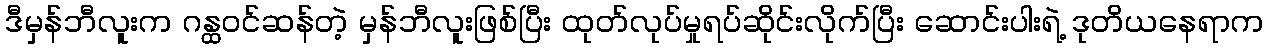
ဒီမှန်ဘီလူးက ဂန္ထဝင်ဆန်တဲ့ မှန်ဘီလူးဖြစ်ပြီး ထုတ်လုပ်မှုရပ်ဆိုင်းလိုက်ပြီး ဆောင်းပါးရဲ့ ဒုတိယနေရာက